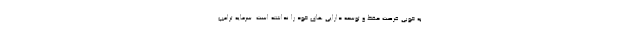
به خوبی فرصت حفظ و توسعه دارایی های خود را نداشته است. سرمایه ترامپ